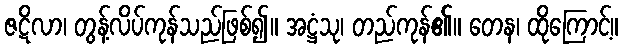
ဇဋိလာ၊ တွန့်လိပ်ကုန်သည်ဖြစ်၍။ အဋ္ဌံသု၊ တည်ကုန်၏။ တေန၊ ထိုကြောင့်။